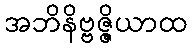
အဘိနိဗ္ဗဇ္ဇိယာထ